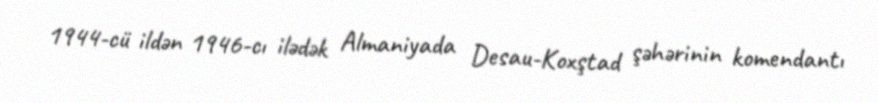
1944-cü ildən 1946-cı ilədək Almaniyada Desau-Koxştad şəhərinin komendantı